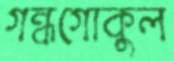
গন্ধগোকুল